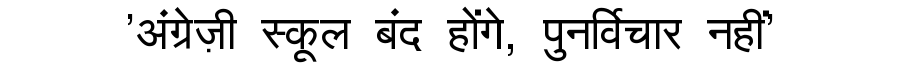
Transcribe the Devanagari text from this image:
'अंग्रेज़ी स्कूल बंद होंगे, पुनर्विचार नहीं'